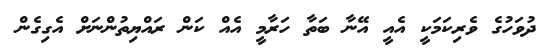
ދުވަހުގެ ވެރިކަމަކީ އެއީ އޭނާ ބަތާ ހަރާމީ އެއް ކަން ރައްޔިތުންނަށް އެގިގެން